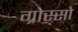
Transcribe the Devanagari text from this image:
ग्रोस्सो